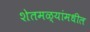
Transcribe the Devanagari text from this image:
शेतमळ्यांमधील